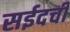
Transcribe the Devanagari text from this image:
सईदची